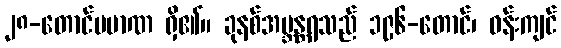
၂၈-တောင်ပမာဏ ရှိ၏။ ခုနစ်အဗ္ဘန္တရသည် ၁၉၆-တောင်၊ ဝန်းကျင်